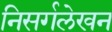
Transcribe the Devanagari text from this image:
निसर्गलेखन